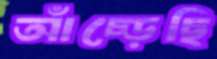
আঁচ্‌ড়েছি